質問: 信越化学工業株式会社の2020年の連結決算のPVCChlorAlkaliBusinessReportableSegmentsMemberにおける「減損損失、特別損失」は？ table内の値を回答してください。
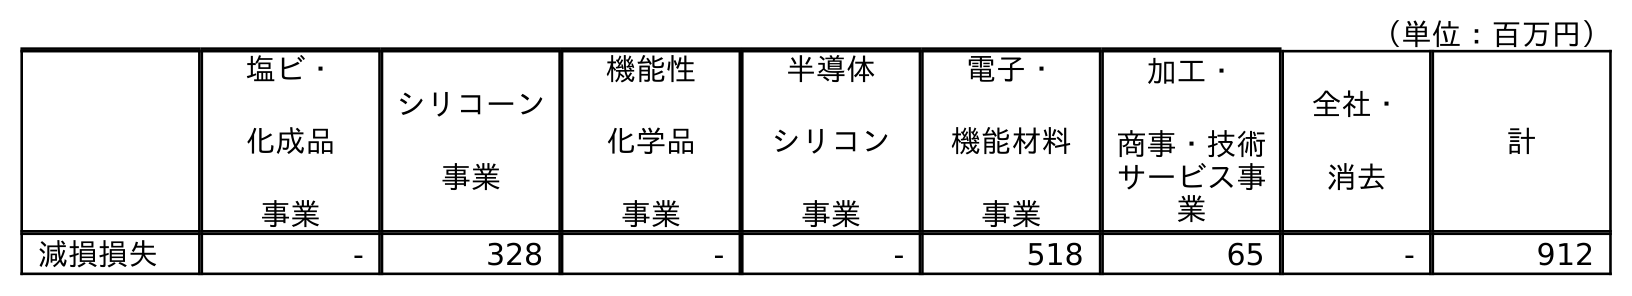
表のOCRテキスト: （単位：百万円） 塩ビ・ 化成品 事業 シリコーン 事業 機能性 化学品 事業 半導体 シリコン 事業 電子・ 機能材料 事業 加工・ 商事・技術 サービス事 業 全社・ 消去 計 減損損失 - 328 - - 518 65 - 912
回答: -